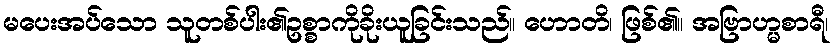
မပေးအပ်သော သူတစ်ပါး၏ဥစ္စာကိုခိုးယူခြင်းသည်။ ဟောတိ၊ ဖြစ်၏။ အဗြာဟ္မစာရီ၊